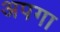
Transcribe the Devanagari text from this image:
अपगा